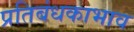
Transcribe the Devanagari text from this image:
प्रतिबंधकाभाव